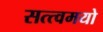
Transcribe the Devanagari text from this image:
सत्त्वमयो